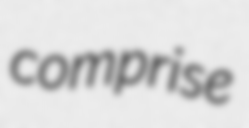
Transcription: comprise